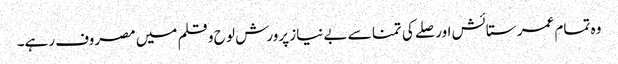
وہ تمام عمر ستائش اور صلے کی تمنا سے بے نیاز پرورش لو ح و قلم میں مصروف رہے۔